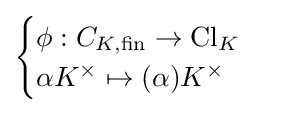
{\begin{cases}\phi :C_{K,{\text{fin}}}\to \operatorname {Cl} _{K}\\\alpha K^{\times }\mapsto (\alpha )K^{\times }\end{cases}}